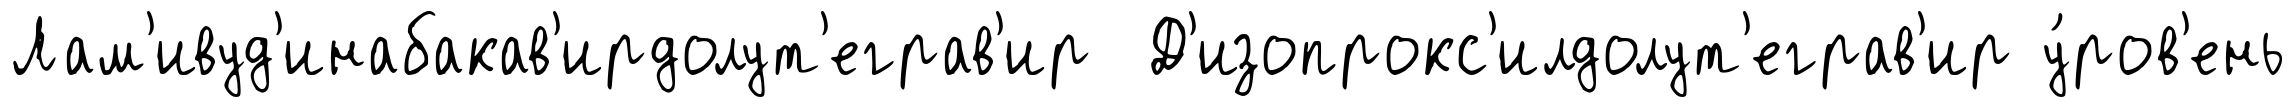
Лам'ивуд'инабакав'ирдолут'еграв'ир Д'изопрокс'илдолут'еграв'ир у́ров'ень